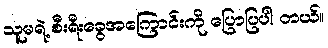
သူမရဲ့ စီးရီးခွေအကြောင်းကို ပြောပြပါ တယ်။